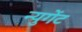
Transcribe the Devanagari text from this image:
न्युगेंट